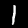
Digit: 1